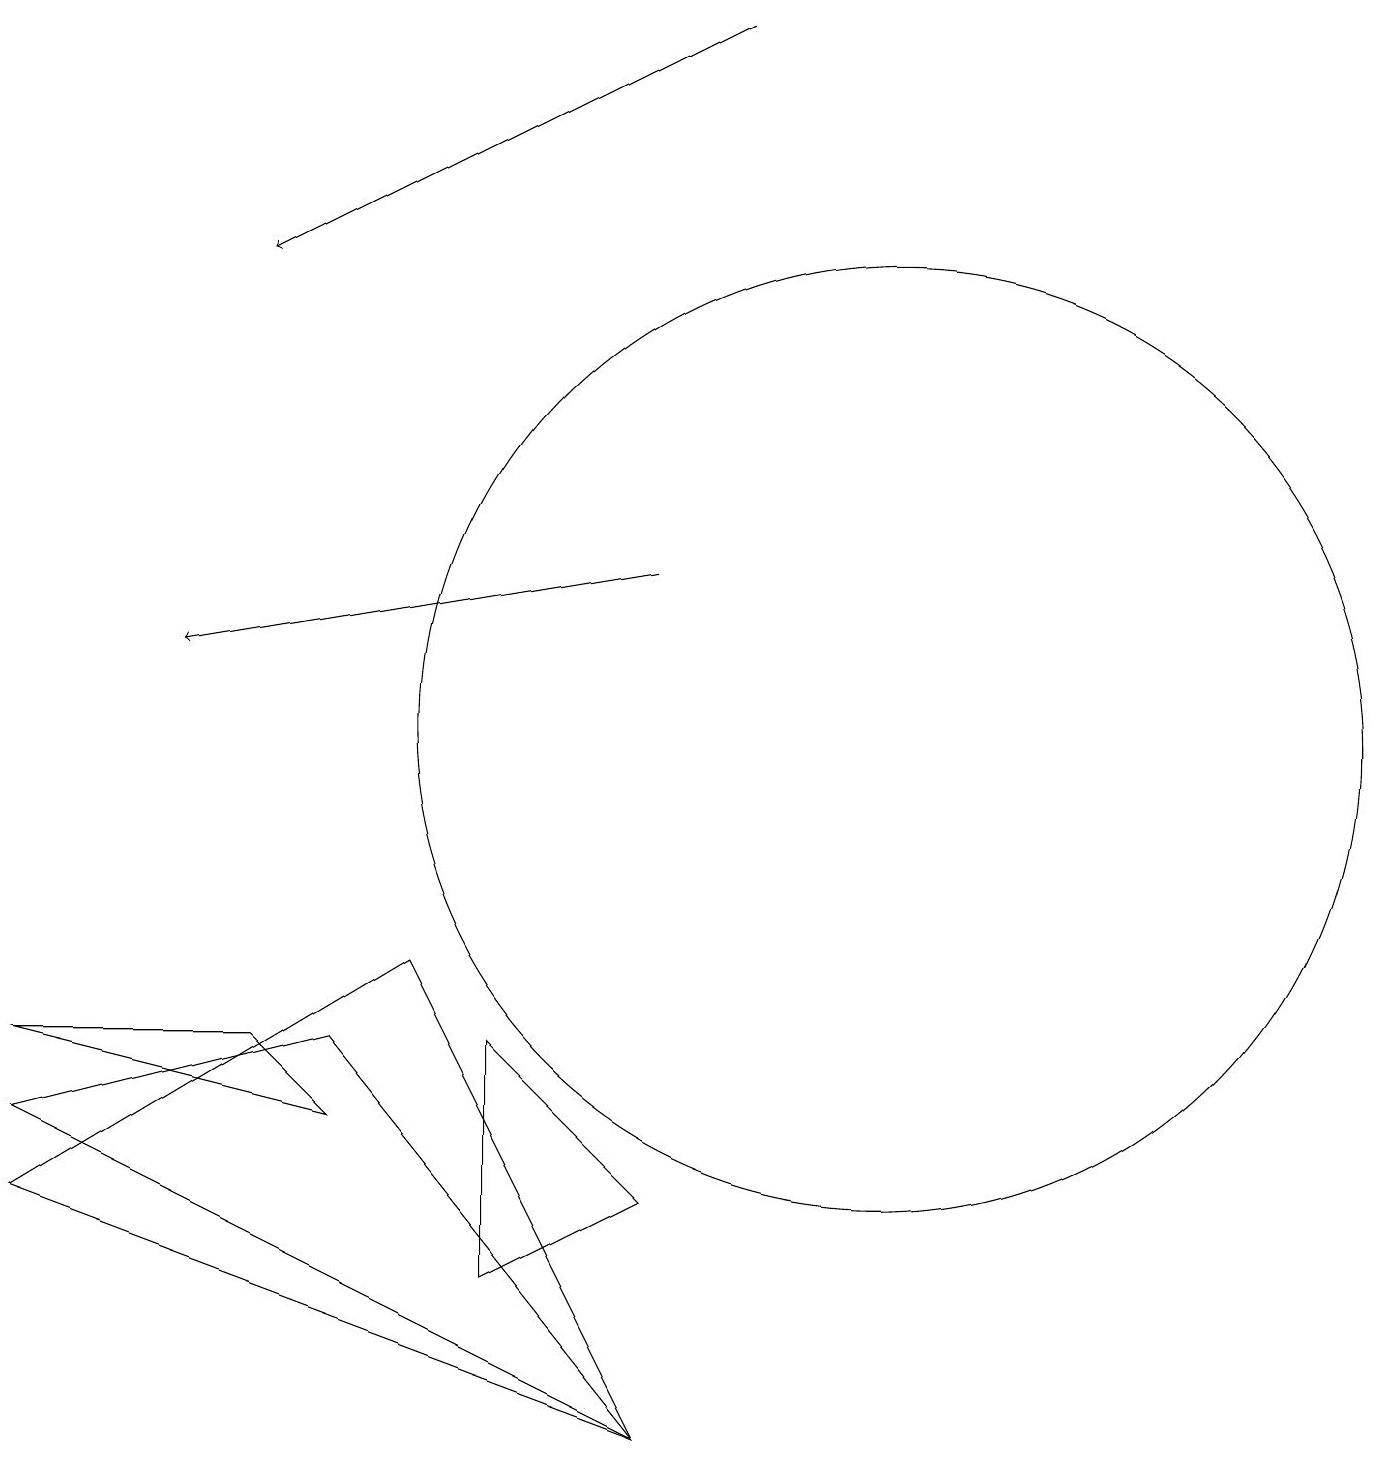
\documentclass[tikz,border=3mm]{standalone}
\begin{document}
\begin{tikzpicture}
\draw (0,6) -- (4,5) -- (3,6) -- cycle;
\draw (4,6) -- (0,5) -- (8,1) -- cycle;
\draw (8,4) -- (6,3) -- (6,6) -- cycle;
\draw (0,4) -- (8,1) -- (5,7) -- cycle;
\draw[->] (8,12) -- (2,11);
\draw[->] (9,19) -- (3,16);
\draw (11,10) circle (6);
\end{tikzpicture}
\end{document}